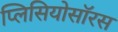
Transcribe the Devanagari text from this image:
प्लिसियोसॉरस